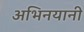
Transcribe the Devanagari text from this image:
अभिनयानी